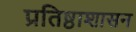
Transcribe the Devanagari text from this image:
प्रतिष्ठाशासन